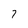
Character: 7